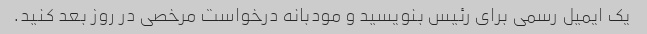
یک ایمیل رسمی برای رئیس بنویسید و مودبانه درخواست مرخصی در روز بعد کنید.